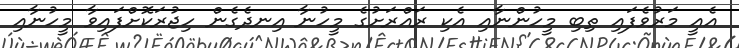
އެއީ މަރުވެފައި ތިބި މީހުންނާއި އެކި ރައްރަށުގެ މީހުނާ އިނދެގެން ހިޖުރަކޮށްފައިވާ މީހުނާއި